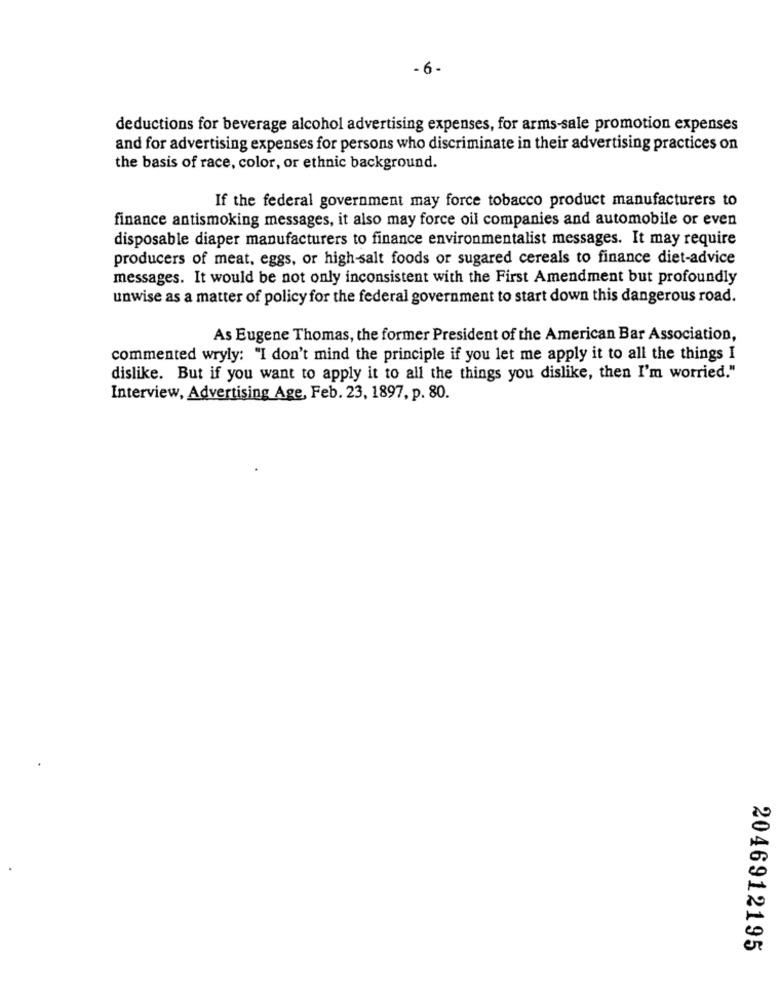
- 6 -
deductions for beverage alcohol advertising expenses, for arms-sale promotion expenses
and for advertising expenses for persons who discriminate in their advertising practices on
the basis of race, color, or ethnic background.
If the federal government may force tobacco product manufacturers to
finance antismoking messages, it also may force oil companies and automobile or even
disposable diaper manufacturers to finance environmentalist messages. It may require
producers of meat, eggs, or high-salt foods or sugared cereals to finance diet-advice
messages. It would be not only inconsistent with the First Amendment but profoundly
unwise as a matter of policy for the federal government to start down this dangerous road.
As Eugene Thomas, the former President of the American Bar Association,
commented wryly: "I don't mind the principle if you let me apply it to all the things I
dislike. But if you want to apply it to all the things you dislike, then I'm worried."
Interview, Advertising Age, Feb. 23, 1897, p. 80.
2046912195